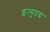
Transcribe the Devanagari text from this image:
इत्युदग्र